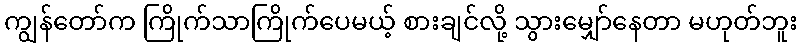
ကျွန်တော်က ကြိုက်သာကြိုက်ပေမယ့် စားချင်လို့ သွားမျှော်နေတာ မဟုတ်ဘူး